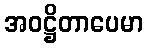
အဝဋ္ဌိတာပေမာ